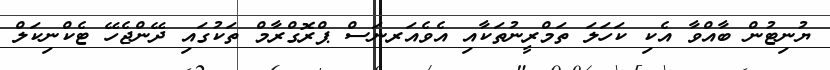
ޔުނިޓުން ބާއްވާ އެކި ކަހަލަ ތަމްރީނުތަކާއި އެވެއަރނަސް ޕްރޮގްރާމް ތަކުގައި ދޭންޖެހޭ ޓެކްނިކަލް